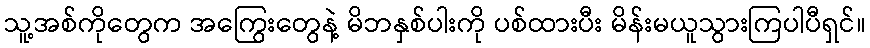
သူ့အစ်ကိုတွေက အကြွေးတွေနဲ့ မိဘနှစ်ပါးကို ပစ်ထားပီး မိန်းမယူသွားကြပါပီရှင်။